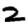
Digit: 2